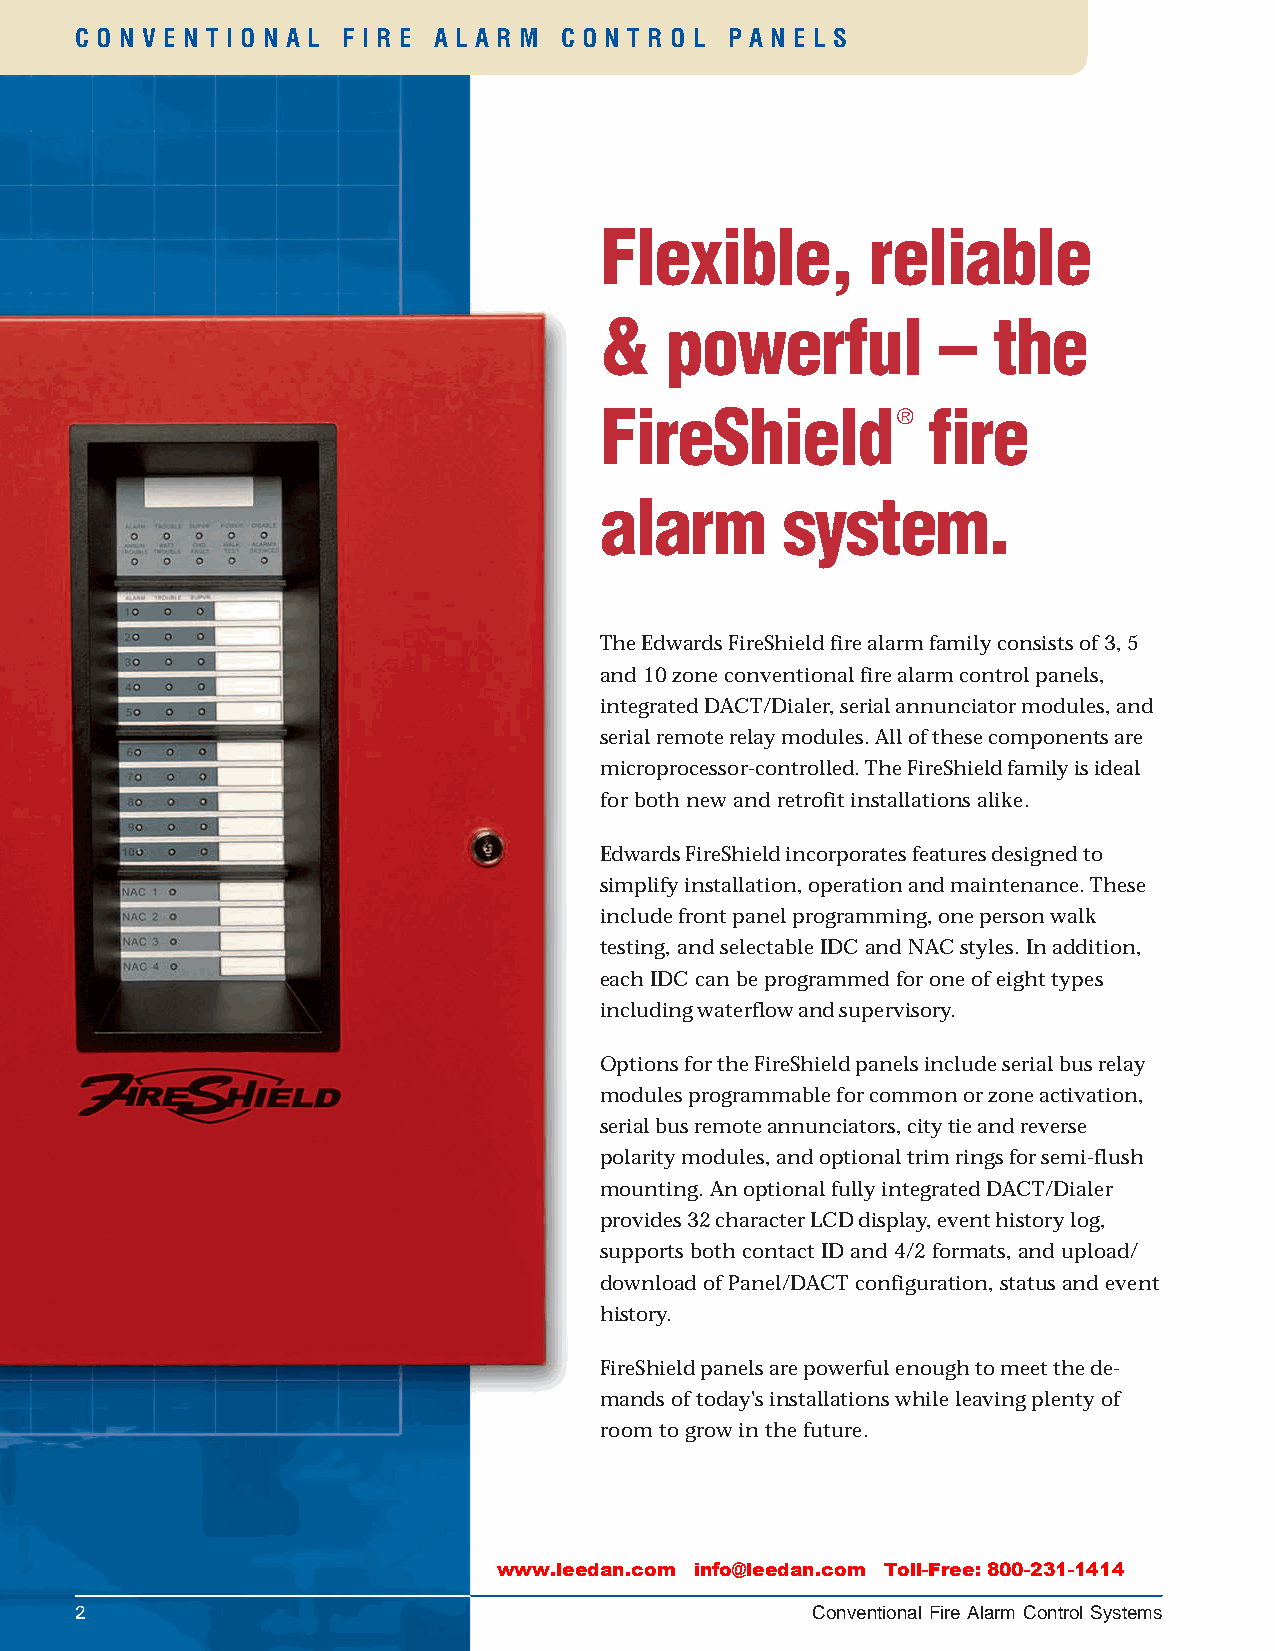
C O N V E N T I O N A L F I R E A L A R M C O N T R O L P A N E L S
 Flexible,         reliable
 &   powerful          –   the
 FireShield         ® fire
 alarm       system.
 The Edwards FireShield fire alarm family consists of 3, 5
 and 10 zone conventional fire alarm control panels,
 integrated DACT/Dialer, serial annunciator modules, and
 serial remote relay modules. All of these components are
 microprocessor-controlled. The FireShield family is ideal
 for both new and retrofit installations alike.
 Edwards FireShield incorporates features designed to
 simplify installation, operation and maintenance. These
 include front panel programming, one person walk
 testing, and selectable IDC and NAC styles. In addition,
 each IDC can be programmed for one of eight types
 including waterflow and supervisory.
 Options for the FireShield panels include serial bus relay
 modules programmable for common or zone activation,
 serial bus remote annunciators, city tie and reverse
 polarity modules, and optional trim rings for semi-flush
 mounting. An optional fully integrated DACT/Dialer
 provides 32 character LCD display, event history log,
 supports both contact ID and 4/2 formats, and upload/
 download of Panel/DACT configuration, status and event
 history.
 FireShield panels are powerful enough to meet the de-
 mands of today's installations while leaving plenty of
 room to grow in the future.
 www.leedan.com info@leedan.com Toll-Free: 800-231-1414
 2                                                Conventional Fire Alarm Control Systems